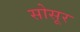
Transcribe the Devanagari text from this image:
सोसूर